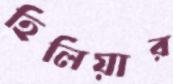
হিলিয়ার